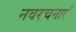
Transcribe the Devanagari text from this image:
नवरचनाएं